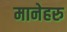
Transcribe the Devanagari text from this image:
मानेहरु